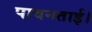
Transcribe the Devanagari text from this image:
पावनताई।